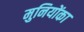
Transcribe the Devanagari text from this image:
मुनियोंका